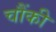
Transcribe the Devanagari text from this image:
चौंकी